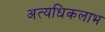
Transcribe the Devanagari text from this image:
अत्यधिकलाभ